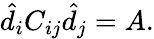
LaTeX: \hat{d}_{i}C_{ij}\hat{d}_{j}=A.